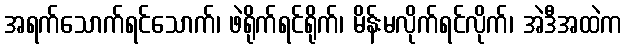
အရက်သောက်ရင်သောက်၊ ဖဲရိုက်ရင်ရိုက်၊ မိန်းမလိုက်ရင်လိုက်၊ အဲဒီအထဲက